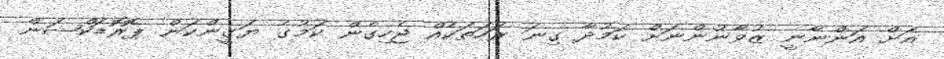
އަށް އަންނާނީ ޒުވާނުންނަށް ކަމުދާ ގިނަ ރަހަތަކެއް ޖެހިގެން ކަމުގެ ޔަގީންކަން ޕޮރޮޑަކްޝަން